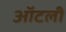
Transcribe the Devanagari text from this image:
ऑटली